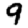
Digit: 9